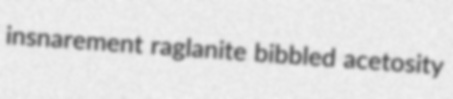
insnarement raglanite bibbled acetosity